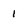
Character: 1